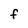
Character: F